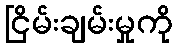
ငြိမ်းချမ်းမှုကို